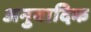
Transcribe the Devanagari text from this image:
अनुवादिक